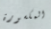
المكسورة